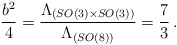
\begin{align*}\frac{b^2}{4} = \frac{\Lambda_{(SO(3)\times SO(3))}}{\Lambda_{(SO(8))}} = \frac{7}{3} \,.\end{align*}